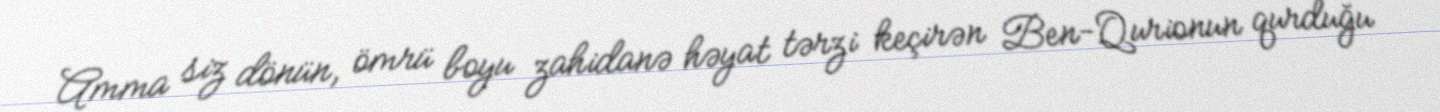
Amma siz dönün, ömrü boyu zahidanə həyat tərzi keçirən Ben-Qurionun qurduğu